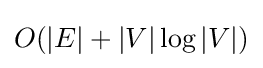
O(|E|+|V|\log |V|)